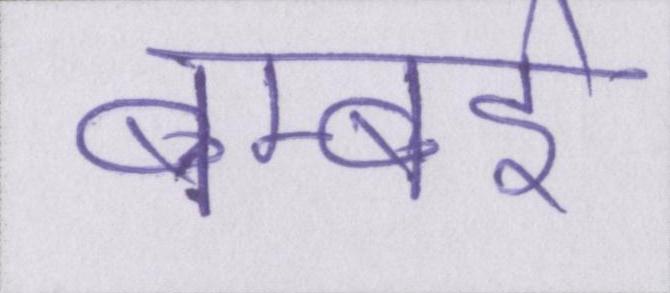
बम्बई